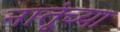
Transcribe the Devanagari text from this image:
नातूंच्या